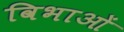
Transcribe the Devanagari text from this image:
विभाओं